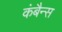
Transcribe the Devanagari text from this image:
कंबैन्स